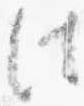
法